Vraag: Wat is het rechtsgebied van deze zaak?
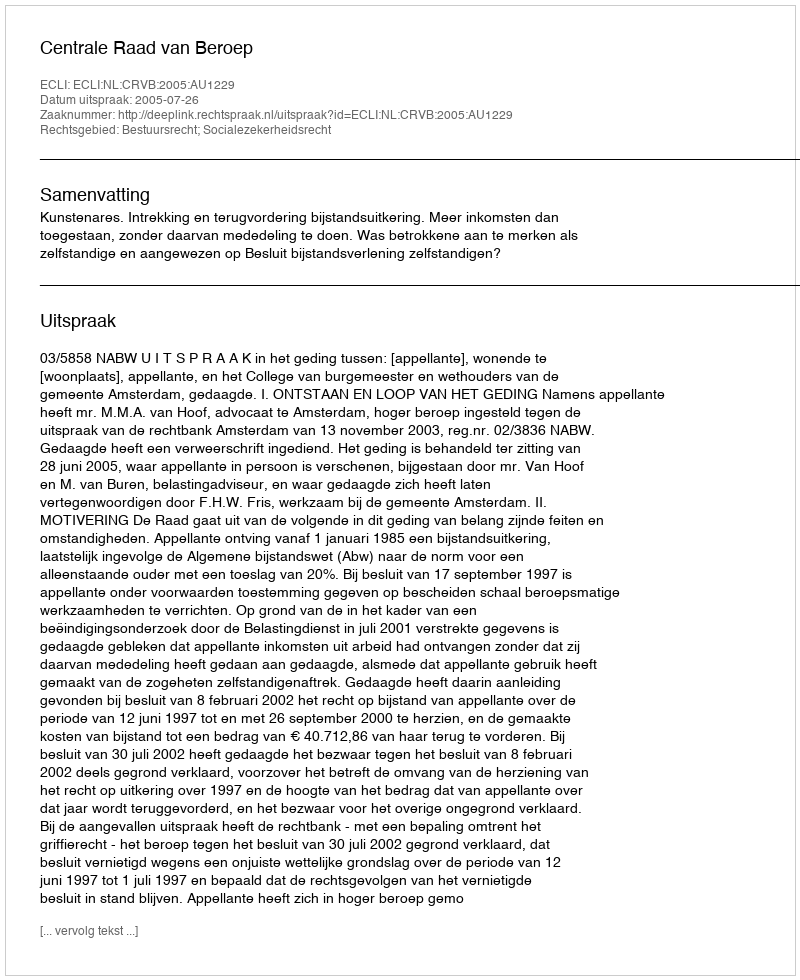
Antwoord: Bestuursrecht; Socialezekerheidsrecht